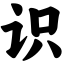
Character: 识